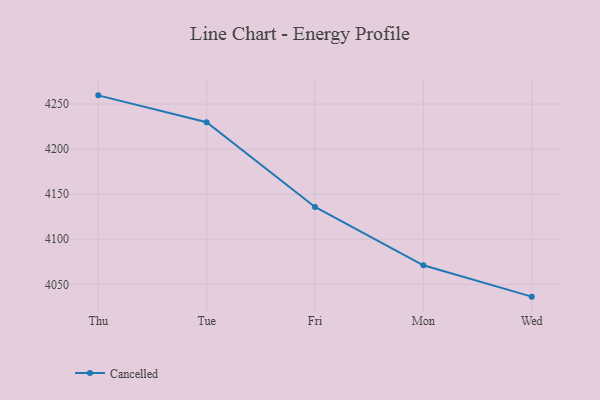
{"axis": {"x": "Day", "y": "Conversion Rate (%)"}, "legend": ["Cancelled"], "data": [{"x": "Thu", "y": 4259.7, "type": "Cancelled"}, {"x": "Tue", "y": 4229.9, "type": "Cancelled"}, {"x": "Fri", "y": 4135.8, "type": "Cancelled"}, {"x": "Mon", "y": 4071.1, "type": "Cancelled"}, {"x": "Wed", "y": 4036.3, "type": "Cancelled"}]}